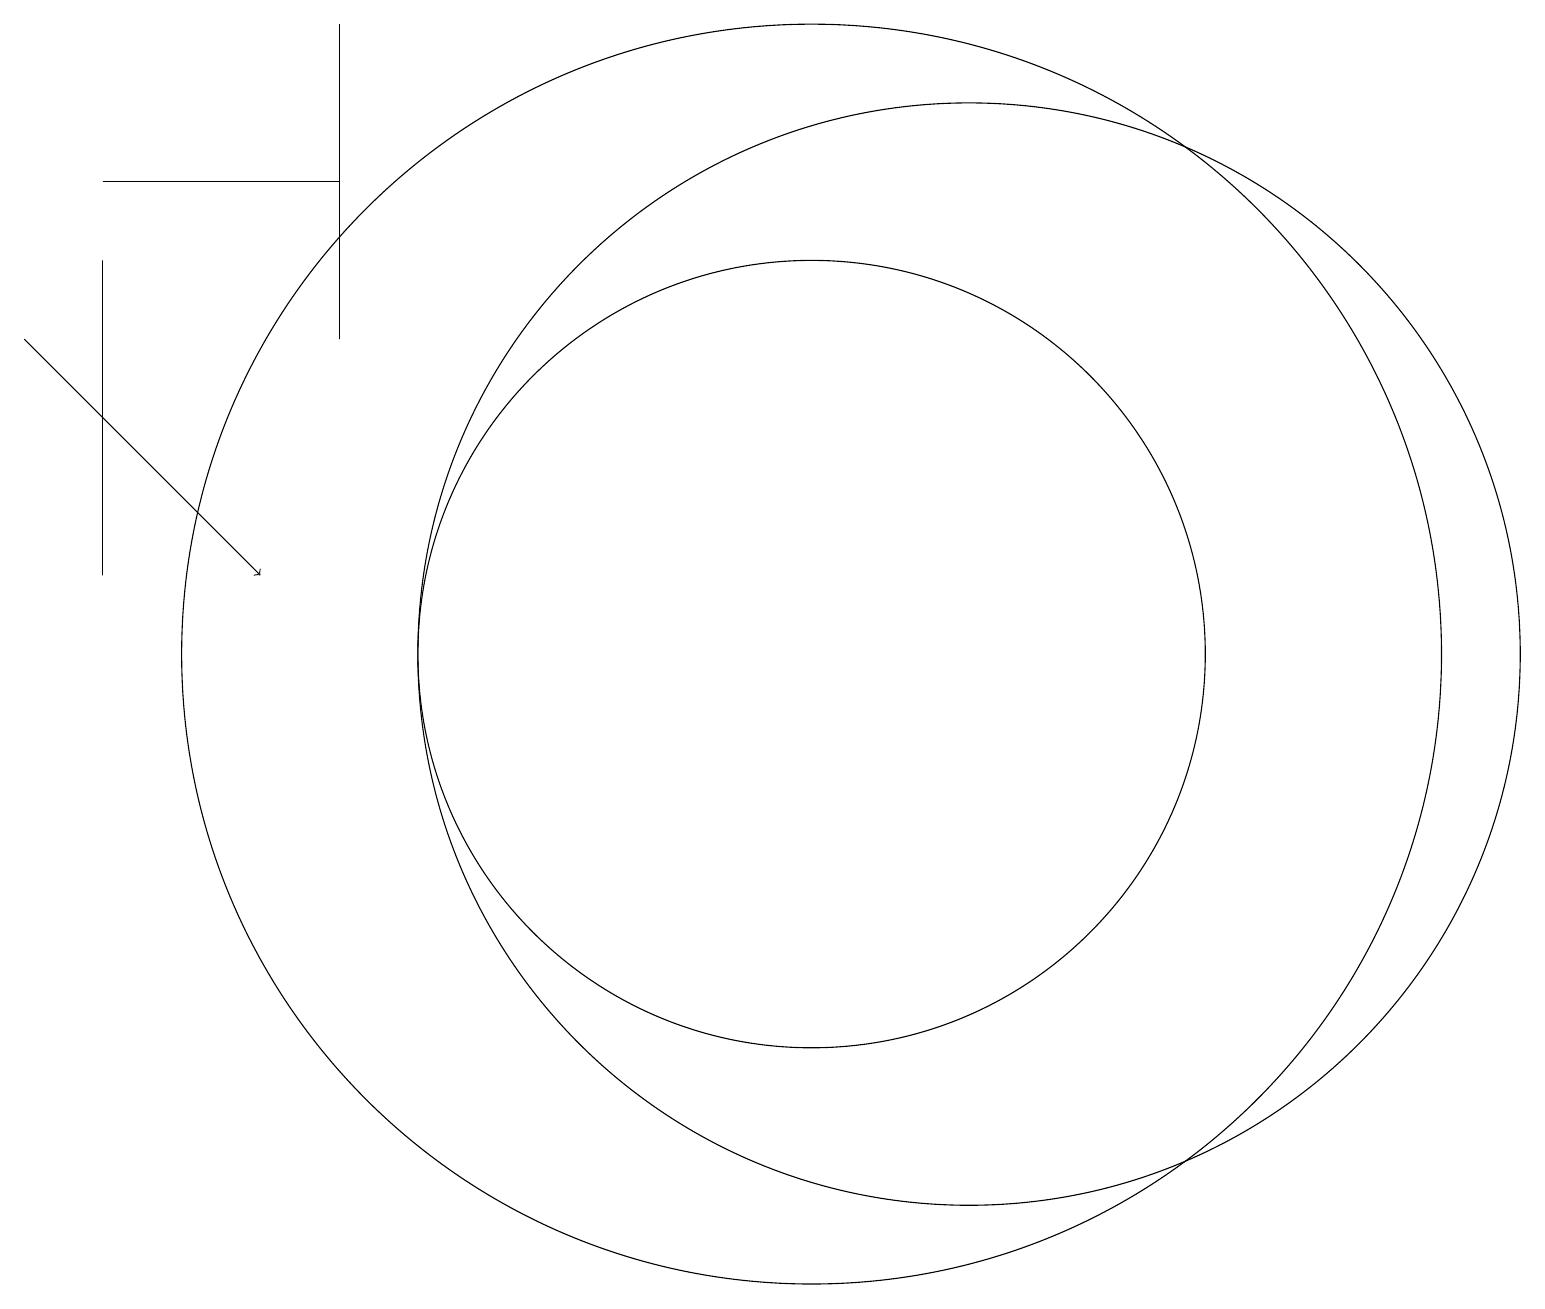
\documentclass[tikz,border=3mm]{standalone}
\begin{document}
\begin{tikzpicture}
\draw (10,10) circle (8);
\draw (10,10) circle (5);
\draw (4,18) rectangle (4,14);
\draw (12,10) circle (7);
\draw[->] (0,14) -- (3,11);
\draw (1,11) rectangle (1,15);
\draw (1,16) rectangle (4,16);
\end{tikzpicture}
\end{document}